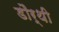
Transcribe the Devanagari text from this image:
डौर्थी